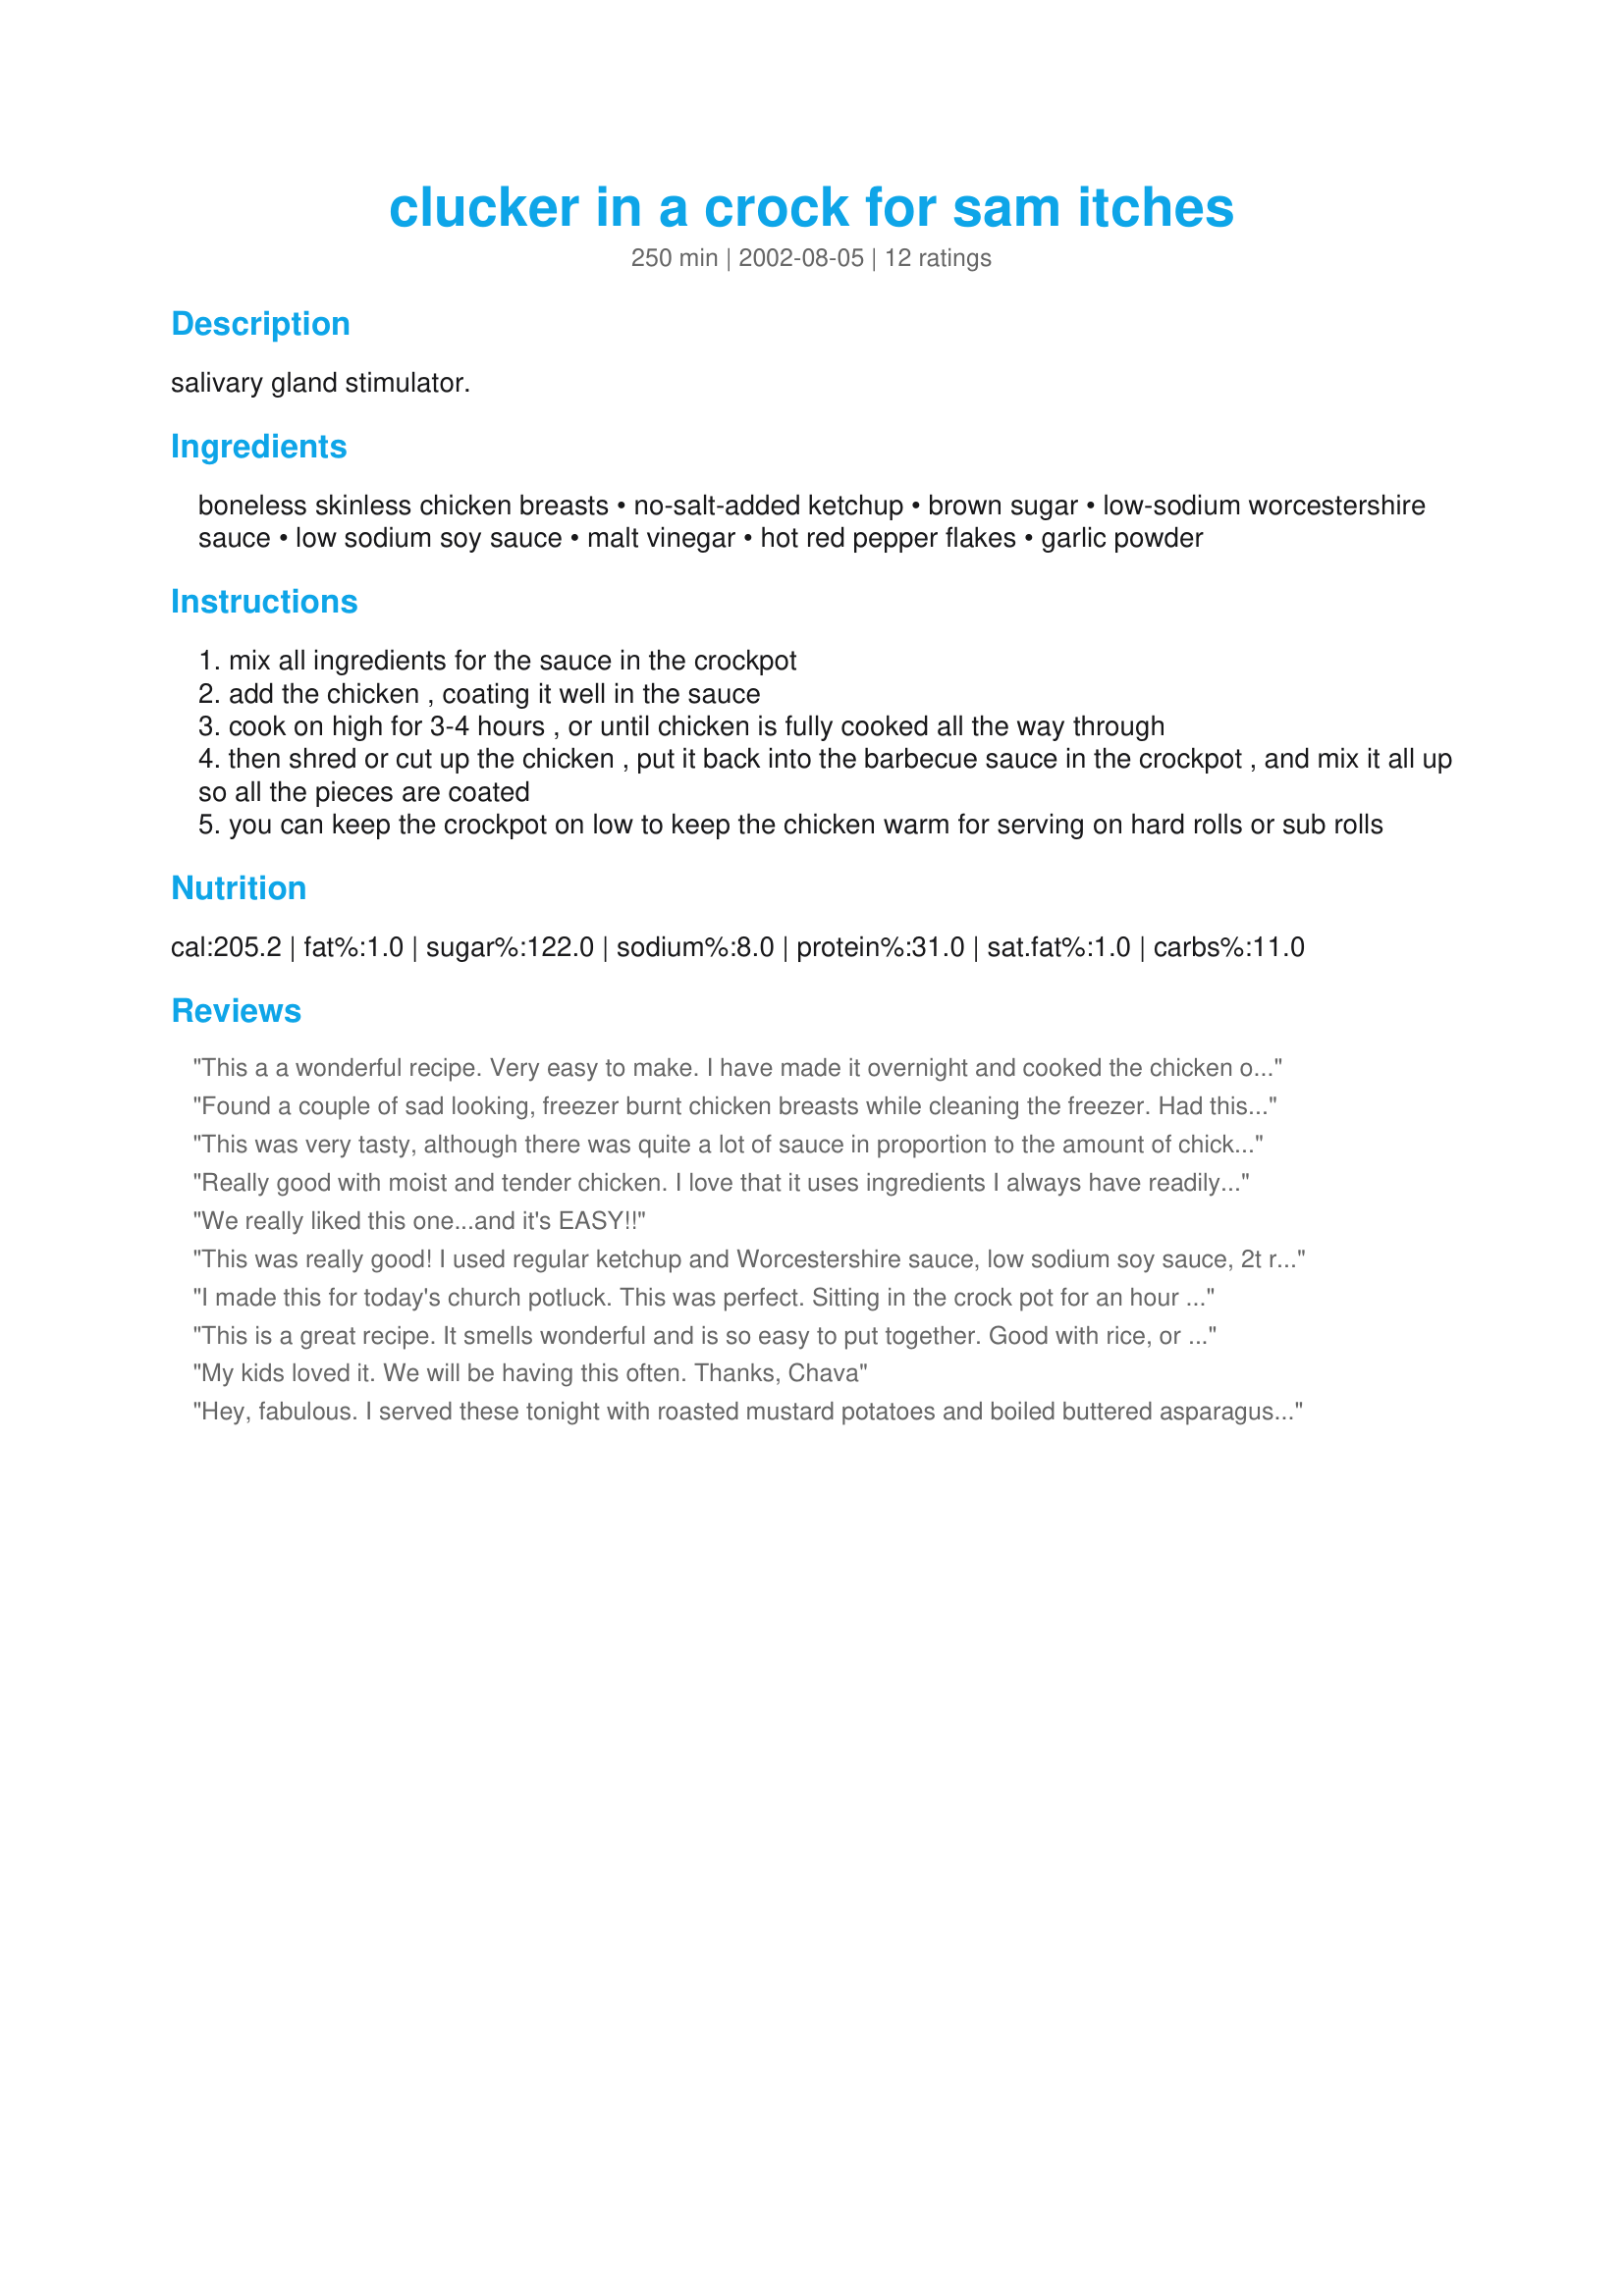
clucker in a crock for sam itches
Preparation time: 250 minutes

salivary gland stimulator.

Ingredients:
boneless skinless chicken breasts, no-salt-added ketchup, brown sugar, low-sodium worcestershire sauce, low sodium soy sauce, malt vinegar, hot red pepper flakes, garlic powder

Steps:
mix all ingredients for the sauce in the crockpot
add the chicken , coating it well in the sauce
cook on high for 3-4 hours , or until chicken is fully cooked all the way through
then shred or cut up the chicken , put it back into the barbecue sauce in the crockpot , and mix it all up so all the pieces are coated
you can keep the crockpot on low to keep the chicken warm for serving on hard rolls or sub rolls

Reviews:
This a a wonderful recipe. Very easy to make. I have made it overnight and cooked the chicken on low for 8-10 hours. I've made it for potlucks and it's always a hit. I serve it in hotdog buns which is easier for kids to eat. Thanks for the great recipe.
Found a couple of sad looking, freezer burnt chicken breasts while cleaning the freezer. Had this recipe on the fridge, ready to try. Used Barbeque sauce instead of the ketchup and worcester, and it was wonderful. Had it on toast for lunch. The Chicken was so moist, and the sauce is worth the extra bit of bread to wipe the crock pot with!!!
This was very tasty, although there was quite a lot of sauce in proportion to the amount of chicken. Easy to make and perfect for barbeque chicken sandwiches. I serve it in hamburger buns with dill pickles. Yum!
Really good with moist and tender chicken. I love that it uses ingredients I always have readily on hand. It is slightly sweet for our tastes so I believe I'll cut back a little on the brown sugar and add a little more soy next time. My husband said it was like a sloppy joe with chicken instead of ground beef and really good. Thanks for sharing this recipe!
We really liked this one...and it's EASY!!
This was really good! I used regular ketchup and Worcestershire sauce, low sodium soy sauce, 2t roasted garlic, 3T white sugar, 1/2t molasses, 1/2t red pepper flakes, and 4 chicken breasts but into large chunks and cooked on high for 3.5h. I didn't have as much ketchup as the recipe said so I used ~1c + 2T ketchup and I also added some cornstarch for the last 15 or so to thicken the sauce. This is a keeper!
I made this for today's church potluck. This was perfect. Sitting in the crock pot for an hour on low after we got there did nothing to take away from the taste. It was so easy to prepare, a definite plus when I also had other things to prepare for the church service beforehand. It garnered rave reviews all around. Thanks!
This is a great recipe. It smells wonderful and is so easy to put together. Good with rice, or on bread. My boyfriend asks for it again and again.
My kids loved it. We will be having this often.
Thanks,
Chava
Hey, fabulous. I served these tonight with roasted mustard potatoes and boiled buttered asparagus (Both listed here!) and we were happpy campers. (OK, so I was the only one to eat the greens! But anyway...)I added just a bit of sour cream and it did make the sauce a bit smoother. Thanks for sharing!
WOW!!! this was so delicious! We had company over for dinner, and I wanted to try something that wouldnt heat the house up...this was the treat I was looking for! Thank you so much for posting this Miller. I didnt add any brown sugar, just cuz I forgot, and I served it on kaiser rolls. It was a very filling dinner! BRAVO!!!
This was a great recipe. We like spicy food so this was perfect for us. I confess I did all a littled more red pepper flakes. Will make this often. Thanks for posting.
